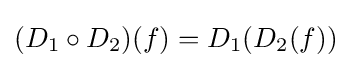
(D_{1}\circ D_{2})(f)=D_{1}(D_{2}(f))